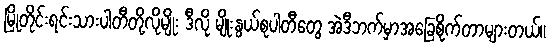
မြိုတိုင်းရင်းသားပါတီတို့လိုမျိုး ဒီလို မျိုးနွယ်စုပါတီတွေ အဲဒီဘက်မှာအခြေစိုက်တာများတယ်။